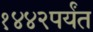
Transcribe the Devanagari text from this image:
१४४२पर्यंत